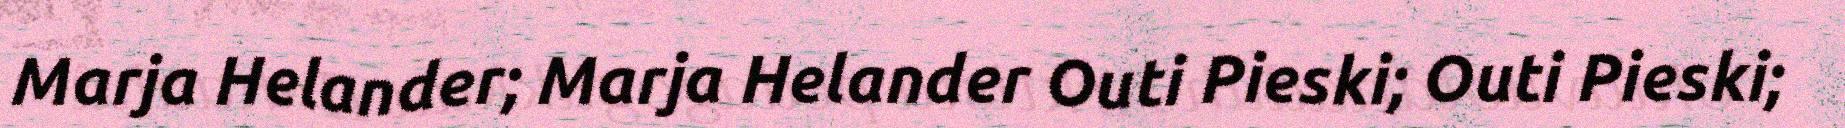
Marja Helander; Marja Helander Outi Pieski; Outi Pieski;